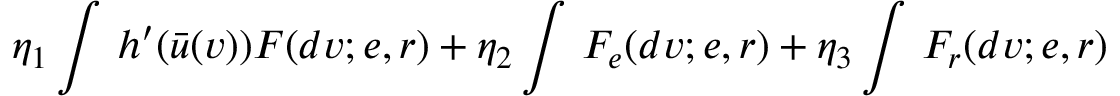
\eta _ { 1 } \int \, h ^ { \prime } ( \bar { u } ( v ) ) F ( d v ; e , r ) + \eta _ { 2 } \int \, F _ { e } ( d v ; e , r ) + \eta _ { 3 } \int \, F _ { r } ( d v ; e , r )